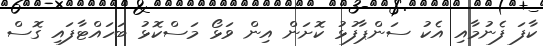
ކާފަ ފެނުމާއި އެކު ސަންޕާފުޅު ކޮށަން އިން ވަޅޯ މަސްކޮޅު ބަހައްޓާފައި ގޮސް